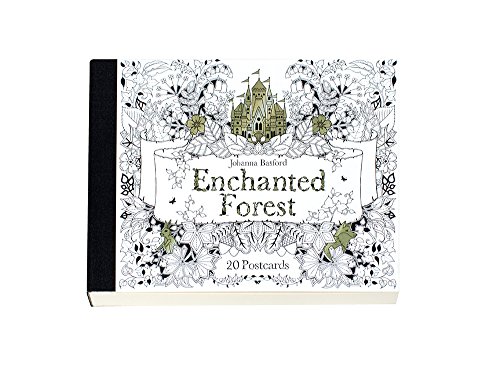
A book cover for Enchanted Forest Postcards: 20 Postcards; Johanna Basford; Humor & Entertainment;